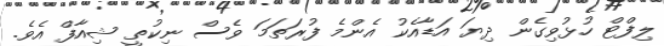
ލިފްޓް ހުޅުވިގެން ދިޔަ އަޑާއެކު އެންމެ ފުރަތަމަ ވެސް ނިކުތީ ޝިއާފް އެވެ.